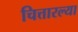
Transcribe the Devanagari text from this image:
चित्तारल्या